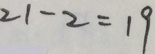
2 1 - 2 = 1 9